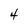
Character: 4